Vaccination North-Western Provinces and Oudh 1896-1901 - 1896-1901
Year: 1896
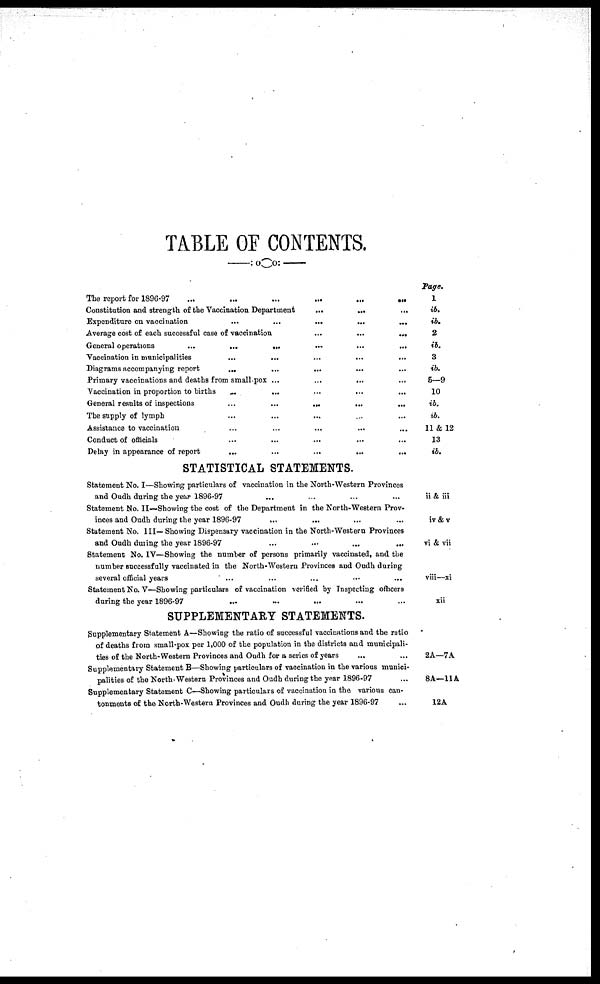
TABLE OF CONTENTS.
The report for 1896-97
...
...
...
...
...
...
Constitution and strength of the Vaccination Department
...
...
...
Expenditure on vaccination
...
...
... ... ...
Average cost of each successful case of vaccination
...
...
...
General operations
...
...
...
...
...
...
Vaccination in municipalities
...
...
...
...
...
Diagrams accompanying report
...
...
... ... ...
Primary vaccinations and deaths from small-pox ...
...
... ... ...
Vaccination in proportion to births ... ... ... ... ...
General results of inspections
...
...
...
...
...
The supply of lymph ... ... ... ... ...
Assistance to vaccination ... ... ... ... ...
Conduct of officials ... ... ... ... ...
Delay in appearance of report
...
...
...
...
...
STATISTICAL STATEMENTS.
Statement No. I—Showing particulars of vaccination in the North-Western Provinces
and Oudh during the year 1896-97 ... ... ... ...
Statement No. II—Showing the cost of the Department in the North-Western Prov-
inces and Oudh during the year 1896-97
... ... ... ...
Statement No. III—Showing Dispensary vaccination in the North-Western Provinces
and Oudh during the year 1896-97 ... ... ... ...
Statement No. IV—Showing the number of persons primarily vaccinated, and the
number successfully vaccinated in the North-Western Provinces and Oudh during
several official years ... ... ... ... ...
Statement No. V—Showing particulars of vaccination verified by Inspecting officers
during the year 1896-97 ... ... ... ... ...
SUPPLEMENTARY STATEMENTS.
Supplementary Statement A—Showing the ratio of successful vaccinations and the ratio
of deaths from small-pox per 1,000 of the population in the districts and municipali-
ties of the North-Western Provinces and Oudh for a series of years ... ...
Supplementary Statement B—Showing particulars of vaccination in the various munici-
palities of the Novth-Weatern Provinces and Oudh during the year 1896-97 ...
Supplementary Statement C—Showing particulars of vaccination in the various can-
tonments of the North-Western Provinces and Oudh during the year 1896-97 ...
Page.
1
ib.
ib.
2
ib.
3
ib.
5—9
10
ib.
ib.
11& 12
13
ib.
ii & iii
iv & v
vi & vii
viii—xi
xii
2A—7A
8A—11A
12A